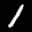
Label: 1